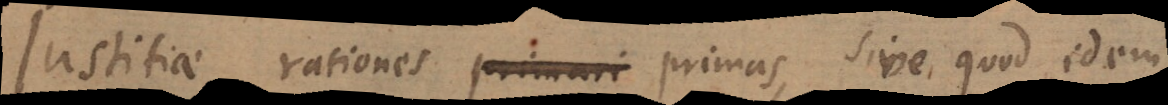
Justitiae rationes primas, sive quod idem